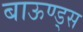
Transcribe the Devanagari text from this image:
बाऊण्ड्स